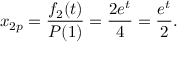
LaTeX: x _ { 2 p } = { \frac { f _ { 2 } ( t ) } { P ( 1 ) } } = { \frac { 2 e ^ { t } } { 4 } } = { \frac { e ^ { t } } { 2 } } .